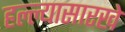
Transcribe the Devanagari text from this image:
हल्ल्यासारखे